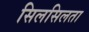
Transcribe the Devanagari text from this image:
सिलसिलता